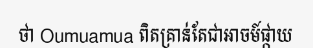
ថា Oumuamua ពិតគ្រាន់តែជាអាចម៍ផ្កាយ